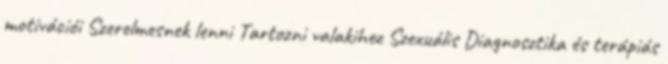
motivációi Szerelmesnek lenni Tartozni valakihez Szexuális Diagnosztika és terápiás